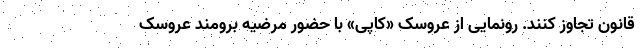
قانون تجاوز کنند. رونمایی از عروسک «کاپی» با حضور مرضیه برومند عروسک